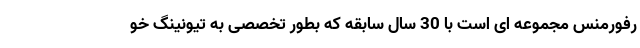
رفورمنس مجموعه ای است با 30 سال سابقه که بطور تخصصی به تیونینگ خو